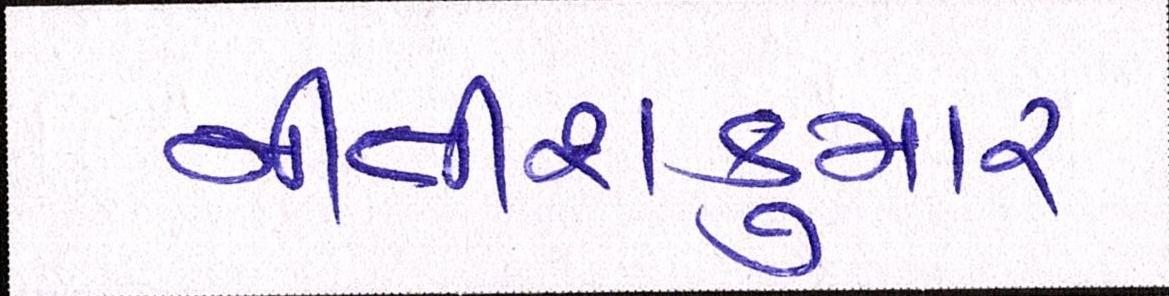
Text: નીતીશકુમાર